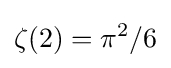
\zeta (2)=\pi ^{2}/6